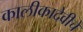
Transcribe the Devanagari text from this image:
कालीकादेवीचें